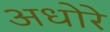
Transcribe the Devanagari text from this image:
अधोरे